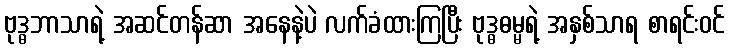
ဗုဒ္ဓဘာသာရဲ့ အဆင်တန်ဆာ အနေနဲ့ပဲ လက်ခံထားကြပြီး ဗုဒ္ဓဓမ္မရဲ့ အနှစ်သာရ စာရင်းဝင်